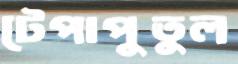
টেপাপুতুল